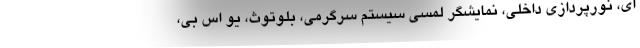
ای، نورپردازی داخلی، نمایشگر لمسی سیستم سرگرمی، بلوتوث، یو اس بی،